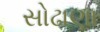
સોઢાણા